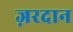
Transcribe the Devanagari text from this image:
ज़रदान